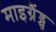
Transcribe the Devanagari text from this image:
माइग्रैंड्स